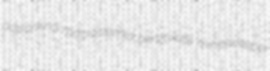
acylamino macrostomia benzoxate minesweeper